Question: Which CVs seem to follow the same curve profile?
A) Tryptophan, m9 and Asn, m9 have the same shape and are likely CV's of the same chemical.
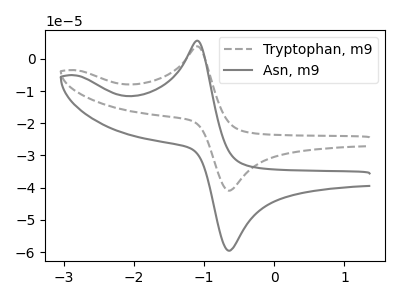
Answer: <think>The gray dashed curve "Tryptophan, m9" has an anodic peak at (-1.10V, 3.85uA) and a cathodic peak at (-0.65V, -40.90uA). The gray curve "Asn, m9" has an anodic peak at (-1.10V, 5.65uA) and a cathodic peak at (-0.65V, -59.50uA).
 All the peaks in "Tryptophan, m9" have a peak in "Asn, m9" at the same potential. Every peak in "Tryptophan, m9" is lower than every peak in "Asn, m9".</think>
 <answer>A) "Tryptophan, m9" and "Asn, m9" have the same shape and are likely CV's of the same chemical.</answer>
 <eval>A</eval>